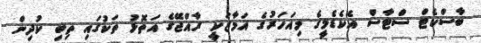
ބާސްކެޓް ސްޓާސް އެކެޑެމީގެ މިއަހަރުގެ އަމާޒަކީ ރާއްޖޭގެ އަތޮޅު ތަކުގައި ތިބި ކުދިން